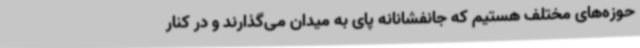
حوزه‌های مختلف هستیم که جانفشانانه پای به میدان می‌گذارند و در کنار